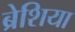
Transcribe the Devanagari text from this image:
ब्रेशिया